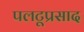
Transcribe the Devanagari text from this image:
पलटूप्रसाद